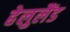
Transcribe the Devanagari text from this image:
हेलुलैंड